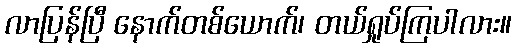
လာပြန်ပြီ နောက်တစ်ယောက်၊ တယ်ရှုပ်ကြပါလား။